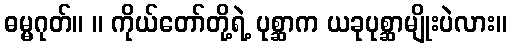
ဓမ္မဂုတ်။ ။ ကိုယ်တော်တို့ရဲ့ ပုစ္ဆာက ယခုပုစ္ဆာမျိုးပဲလား။